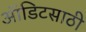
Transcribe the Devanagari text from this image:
ऑडिटसाठी